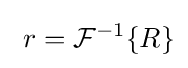
\ r={\mathcal {F}}^{-1}\{R\}